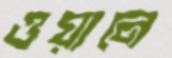
ওয়ালে